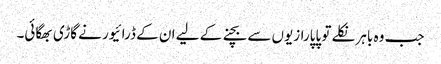
جب وہ باہر نکلے تو پاپارازیوں سے بچنے کے لیے ان کے ڈرائیور نے گاڑی بھگائی۔